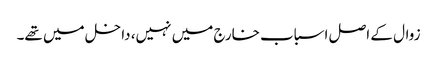
زوال کے اصل اسباب خارج میں نہیں، داخل میں تھے۔